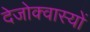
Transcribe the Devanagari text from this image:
देजोक्वास्यों